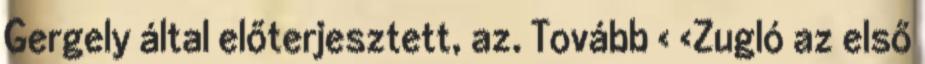
Gergely által előterjesztett, az. Tovább › ›Zugló az első